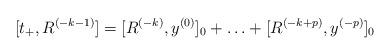
LaTeX: \begin{align*}[t_+,R^{(-k-1)}]=[R^{(-k)},y^{(0)}]_0+ \ldots + [R^{(-k+p)},y^{(-p)}]_0\end{align*}